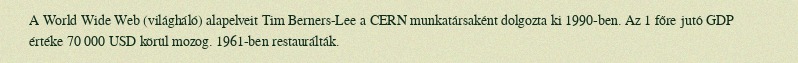
A World Wide Web (világháló) alapelveit Tim Berners-Lee a CERN munkatársaként dolgozta ki 1990-ben. Az 1 főre jutó GDP értéke 70 000 USD körül mozog. 1961-ben restaurálták.